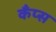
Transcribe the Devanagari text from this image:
कँप्स